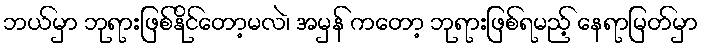
ဘယ်မှာ ဘုရားဖြစ်နိုင်တော့မလဲ၊ အမှန် ကတော့ ဘုရားဖြစ်ရမည့် နေရာမြတ်မှာ